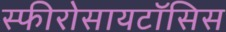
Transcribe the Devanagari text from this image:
स्फीरोसायटॉसिस